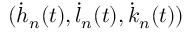
( \dot { h } _ { n } ( t ) , \dot { l } _ { n } ( t ) , \dot { k } _ { n } ( t ) )